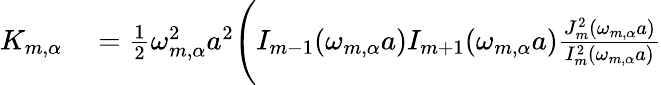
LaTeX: \begin{array}{rl}{K_{m,\alpha}}&{{}=\frac{1}{2}\omega_{m,\alpha}^{2}a^{2}\Bigg(I_{m-1}(\omega_{m,\alpha}a)I_{m+1}(\omega_{m,\alpha}a)\frac{J_{m}^{2}(\omega_{m,\alpha}a)}{I_{m}^{2}(\omega_{m,\alpha}a)}}\end{array}